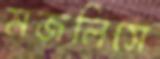
মজলিসে